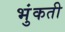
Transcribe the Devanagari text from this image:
भुंकती